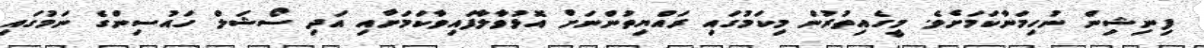
ފިނިޝިން ނުހިމަނާކަމަށެވެ. މީގެއިތުރުން މިކަމުގައި ރައްޔިތުންނަށް އޮޅުވާލާފައިވާކަމަށާއި އަދި ސޯޝަލް ހައުސިންގެ ނަމުގައި